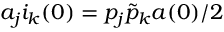
a _ { j } i _ { k } ( 0 ) = p _ { j } \tilde { p } _ { k } a ( 0 ) / 2